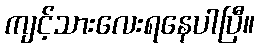
ကျင့်သားလေးရနေပါပြီ။